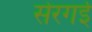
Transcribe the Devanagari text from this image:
सेरगई